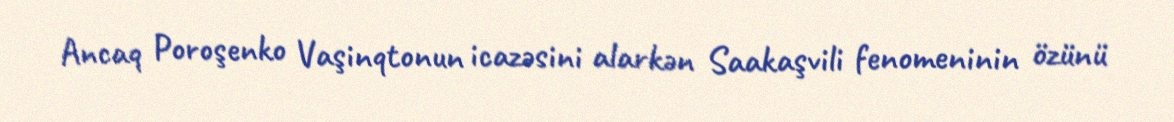
Ancaq Poroşenko Vaşinqtonun icazəsini alarkən Saakaşvili fenomeninin özünü